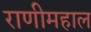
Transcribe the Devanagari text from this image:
राणीमहाल